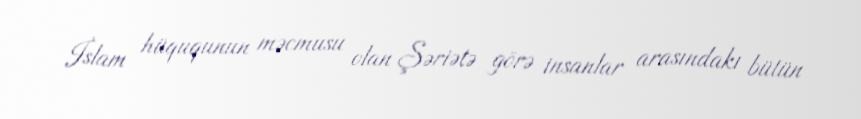
İslam hüququnun məcmusu olan Şəriətə görə insanlar arasındakı bütün